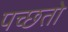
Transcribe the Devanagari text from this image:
पच्छतो